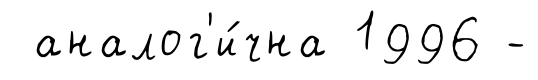
аналог'и́чна 1996 -